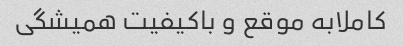
کاملابه موقع و باکیفیت همیشگی